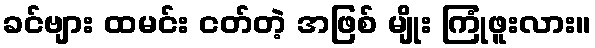
ခင်ဗျား ထမင်း ငတ်တဲ့ အဖြစ် မျိုး ကြုံဖူးလား။